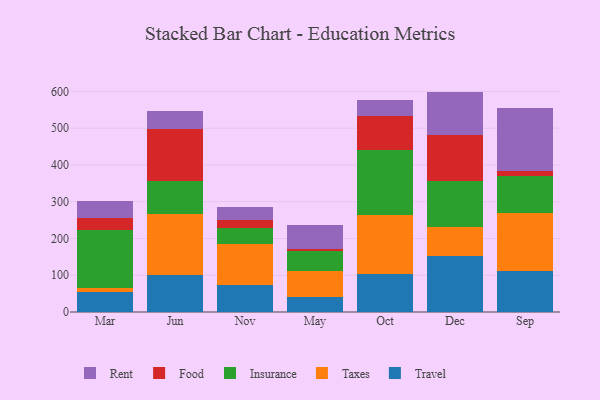
{"axis": {"x": "Month", "y": "Churn Rate (%)"}, "legend": ["Food", "Insurance", "Rent", "Taxes", "Travel"], "data": [{"x": "Mar", "y": 55.0, "type": "Travel"}, {"x": "Mar", "y": 10.8, "type": "Taxes"}, {"x": "Mar", "y": 157.2, "type": "Insurance"}, {"x": "Mar", "y": 33.6, "type": "Food"}, {"x": "Mar", "y": 44.2, "type": "Rent"}, {"x": "Jun", "y": 101.5, "type": "Travel"}, {"x": "Jun", "y": 164.5, "type": "Taxes"}, {"x": "Jun", "y": 90.0, "type": "Insurance"}, {"x": "Jun", "y": 141.7, "type": "Food"}, {"x": "Jun", "y": 48.2, "type": "Rent"}, {"x": "Nov", "y": 72.6, "type": "Travel"}, {"x": "Nov", "y": 113.1, "type": "Taxes"}, {"x": "Nov", "y": 42.5, "type": "Insurance"}, {"x": "Nov", "y": 20.9, "type": "Food"}, {"x": "Nov", "y": 37.3, "type": "Rent"}, {"x": "May", "y": 40.0, "type": "Travel"}, {"x": "May", "y": 71.4, "type": "Taxes"}, {"x": "May", "y": 54.2, "type": "Insurance"}, {"x": "May", "y": 6.3, "type": "Food"}, {"x": "May", "y": 64.4, "type": "Rent"}, {"x": "Oct", "y": 103.2, "type": "Travel"}, {"x": "Oct", "y": 160.7, "type": "Taxes"}, {"x": "Oct", "y": 178.0, "type": "Insurance"}, {"x": "Oct", "y": 92.5, "type": "Food"}, {"x": "Oct", "y": 43.4, "type": "Rent"}, {"x": "Dec", "y": 152.7, "type": "Travel"}, {"x": "Dec", "y": 78.6, "type": "Taxes"}, {"x": "Dec", "y": 125.7, "type": "Insurance"}, {"x": "Dec", "y": 124.9, "type": "Food"}, {"x": "Dec", "y": 117.7, "type": "Rent"}, {"x": "Sep", "y": 112.0, "type": "Travel"}, {"x": "Sep", "y": 156.7, "type": "Taxes"}, {"x": "Sep", "y": 101.6, "type": "Insurance"}, {"x": "Sep", "y": 13.4, "type": "Food"}, {"x": "Sep", "y": 171.6, "type": "Rent"}]}